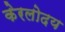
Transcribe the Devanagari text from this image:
केरलोदय